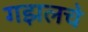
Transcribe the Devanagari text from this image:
गझलचे